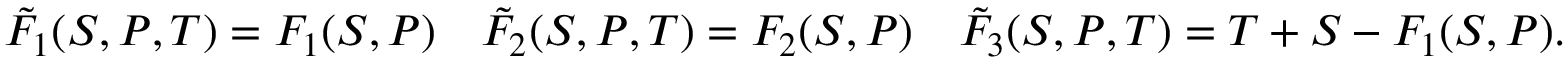
\tilde { F } _ { 1 } ( S , P , T ) = F _ { 1 } ( S , P ) \quad \tilde { F } _ { 2 } ( S , P , T ) = F _ { 2 } ( S , P ) \quad \tilde { F } _ { 3 } ( S , P , T ) = T + S - F _ { 1 } ( S , P ) .